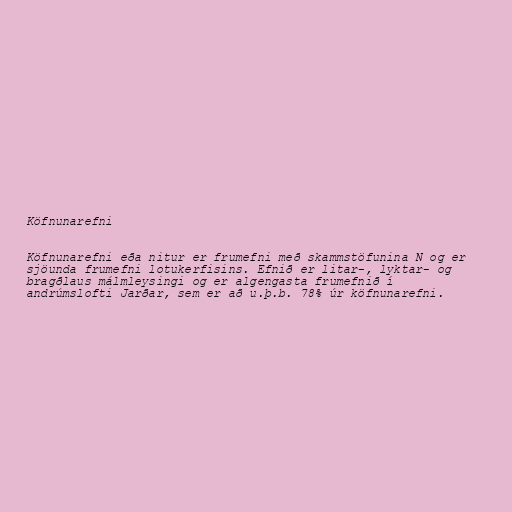
Köfnunarefni

Köfnunarefni eða nitur er frumefni með skammstöfunina N og er
sjöunda frumefni lotukerfisins. Efnið er litar-, lyktar- og
bragðlaus málmleysingi og er algengasta frumefnið í
andrúmslofti Jarðar, sem er að u.þ.b. 78% úr köfnunarefni.